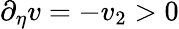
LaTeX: \partial_{\eta}v=-v_{2}>0